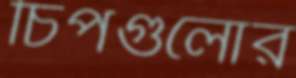
চিপগুলোর